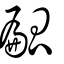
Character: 㼐